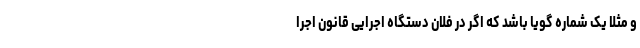
و مثلاً یک شماره گویا باشد که اگر در فلان دستگاه اجرایی قانون اجرا